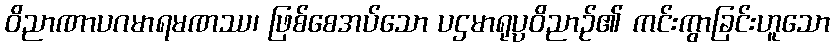
ဝိညာဏာပဂမာရမဏဿ၊ ဖြစ်စေအပ်သော ပဌမာရုပ္ပဝိညာဉ်၏ ကင်းကွာခြင်းဟူသော